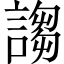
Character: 謅